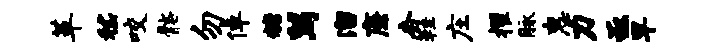
革嵇咬髂勿倬糖舄溜廉杏鞋庄擢脉惠力亟早